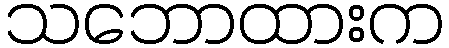
သဘောထားက